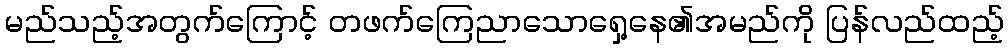
မည်သည့်အတွက်ကြောင့် တဖက်ကြေညာသောရှေ့နေ၏အမည်ကို ပြန်လည်ထည့်